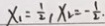
x _ { 1 } = \frac { 1 } { 2 } , x _ { 2 } = - \frac { 1 } { 2 }